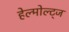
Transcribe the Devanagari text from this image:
हेल्मोल्ट्ज